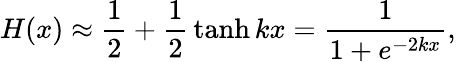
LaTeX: H(x)\approx{\frac{1}{2}}+{\frac{1}{2}}\operatorname{tanh}kx={\frac{1}{1+e^{-2kx}}},